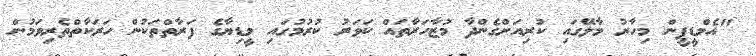
"އެމްޑީޕީން މިހާރު މާލޭގައި ކުރިއަށްގެންދާ މުޒާހަރާތައް ކަވަރު ކުރުމުގައި މީޑިޔާގެ ފަރާތްތަކުން ހަރަކާތްތެރިވަމުން